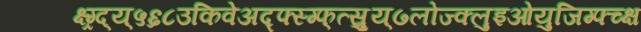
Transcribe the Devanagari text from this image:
क्ष्ग्र्द्य्५६८उकिवेअद्फ्स्ग्फ्त्स्र्रुय्७लोज्क्लुइओयुजिग्फ्च्क्ष